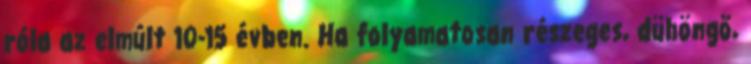
róla az elmúlt 10-15 évben. Ha folyamatosan részeges, dühöngő,